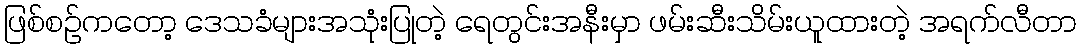
ဖြစ်စဉ်ကတော့ ဒေသခံများအသုံးပြုတဲ့ ရေတွင်းအနီးမှာ ဖမ်းဆီးသိမ်းယူထားတဲ့ အရက်လီတာ